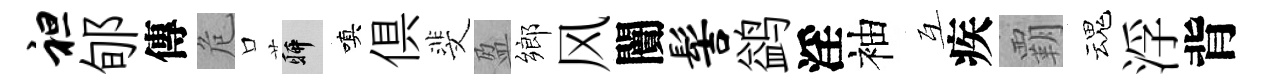
袒郇傳危口聊嗔俱斐盈鄉风闠髻鹢淫袖互疾覇魂浮背